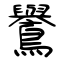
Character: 鸒